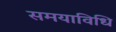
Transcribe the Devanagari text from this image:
समयाविधि